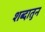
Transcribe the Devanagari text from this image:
शब्दातुन